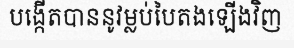
បង្កើតបាននូវម្លប់បៃតងឡើងវិញ